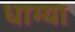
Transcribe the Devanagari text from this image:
धाग्या